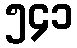
၅၄၁